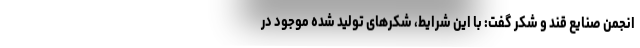
انجمن صنایع قند و شکر گفت: با این شرایط، شکرهای تولید شده موجود در